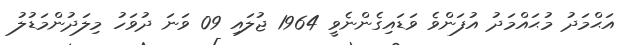
އަޙްމަދު މުޙައްމަދު އުފަންވެ ވަޑައިގެންނެވީ 1964 ޖުލައި 09 ވަނަ ދުވަހު މިލަދުންމަޑުލު